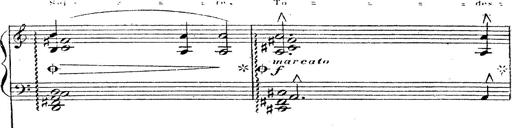
Title: 12 Lieder von Franz Schubert
Composer: Franz Liszt